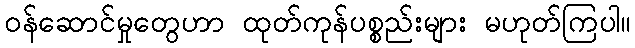
ဝန်ဆောင်မှုတွေဟာ ထုတ်ကုန်ပစ္စည်းများ မဟုတ်ကြပါ။